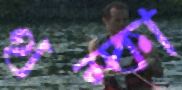
থম্‌কা